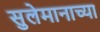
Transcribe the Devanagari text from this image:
सुलेमानाच्या